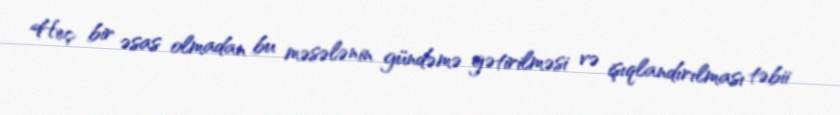
Heç bir əsas olmadan bu məsələnin gündəmə gətirilməsi və işıqlandırılması təbii